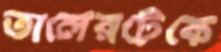
তালেরটেকে